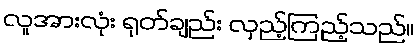
လူအားလုံး ရုတ်ချည်း လှည့်ကြည့်သည်။